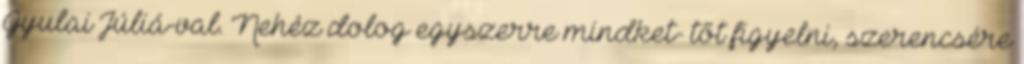
Gyulai Júliá-val. Nehéz dolog egyszerre mindket- tőt figyelni, szerencsére